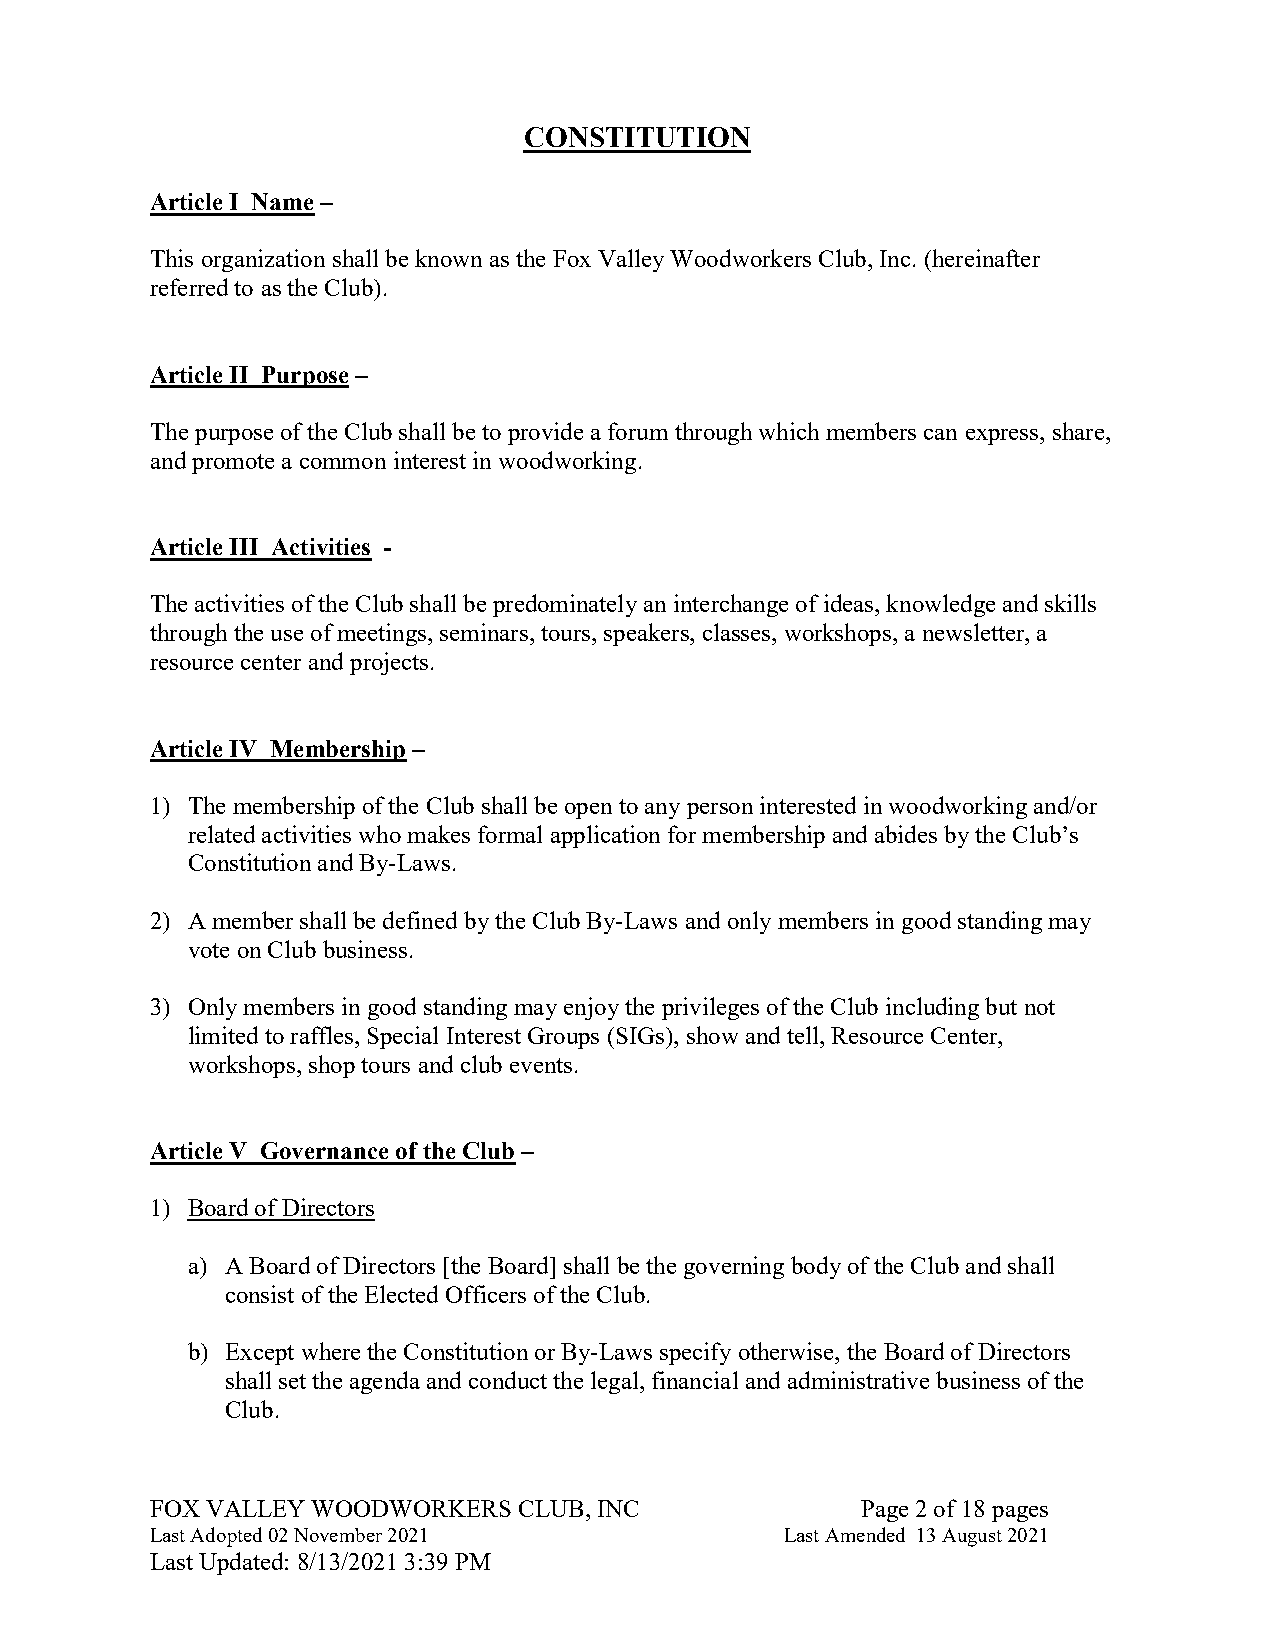
CONSTITUTION
 Article I Name –
 This organization shall be known as the Fox Valley Woodworkers Club, Inc. (hereinafter
 referred to as the Club).
 Article II Purpose –
 The purpose of the Club shall be to provide a forum through which members can express, share,
 and promote a common interest in woodworking.
 Article III Activities -
 The activities of the Club shall be predominately an interchange of ideas, knowledge and skills
 through the use of meetings, seminars, tours, speakers, classes, workshops, a newsletter, a
 resource center and projects.
 Article IV Membership –
 1) The membership of the Club shall be open to any person interested in woodworking and/or
 related activities who makes formal application for membership and abides by the Club’s
 Constitution and By-Laws.
 2) A member shall be defined by the Club By-Laws and only members in good standing may
 vote on Club business.
 3) Only members in good standing may enjoy the privileges of the Club including but not
 limited to raffles, Special Interest Groups (SIGs), show and tell, Resource Center,
 workshops, shop tours and club events.
 Article V Governance of the Club –
 1) Board of Directors
 a) A Board of Directors [the Board] shall be the governing body of the Club and shall
 consist of the Elected Officers of the Club.
 b) Except where the Constitution or By-Laws specify otherwise, the Board of Directors
 shall set the agenda and conduct the legal, financial and administrative business of the
 Club.
 FOX VALLEY WOODWORKERS  CLUB, INC              Page 2 of 18 pages
 Last Adopted 02 November 2021             Last Amended 13 August 2021
 Last Updated: 8/13/2021 3:39 PM